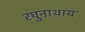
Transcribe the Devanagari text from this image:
रघुनाथाय